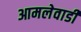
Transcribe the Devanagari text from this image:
आमलेवाडी